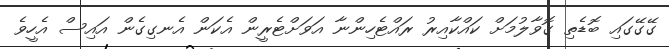
ގޭގޭގައި ބޮޑެތި ގޮވާލުމަށް ކައްކާއިރު ރައްޓެހިންނާ އަވަށްޓެރީން އެކަން އެނގިގެން އައިސް އެހީވެ